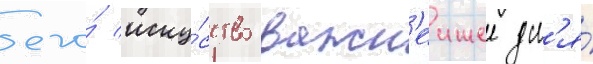
его́ иску́сство важн'еишее дл'я́